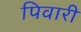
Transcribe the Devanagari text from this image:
पिवारी